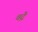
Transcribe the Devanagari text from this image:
चंद्रे